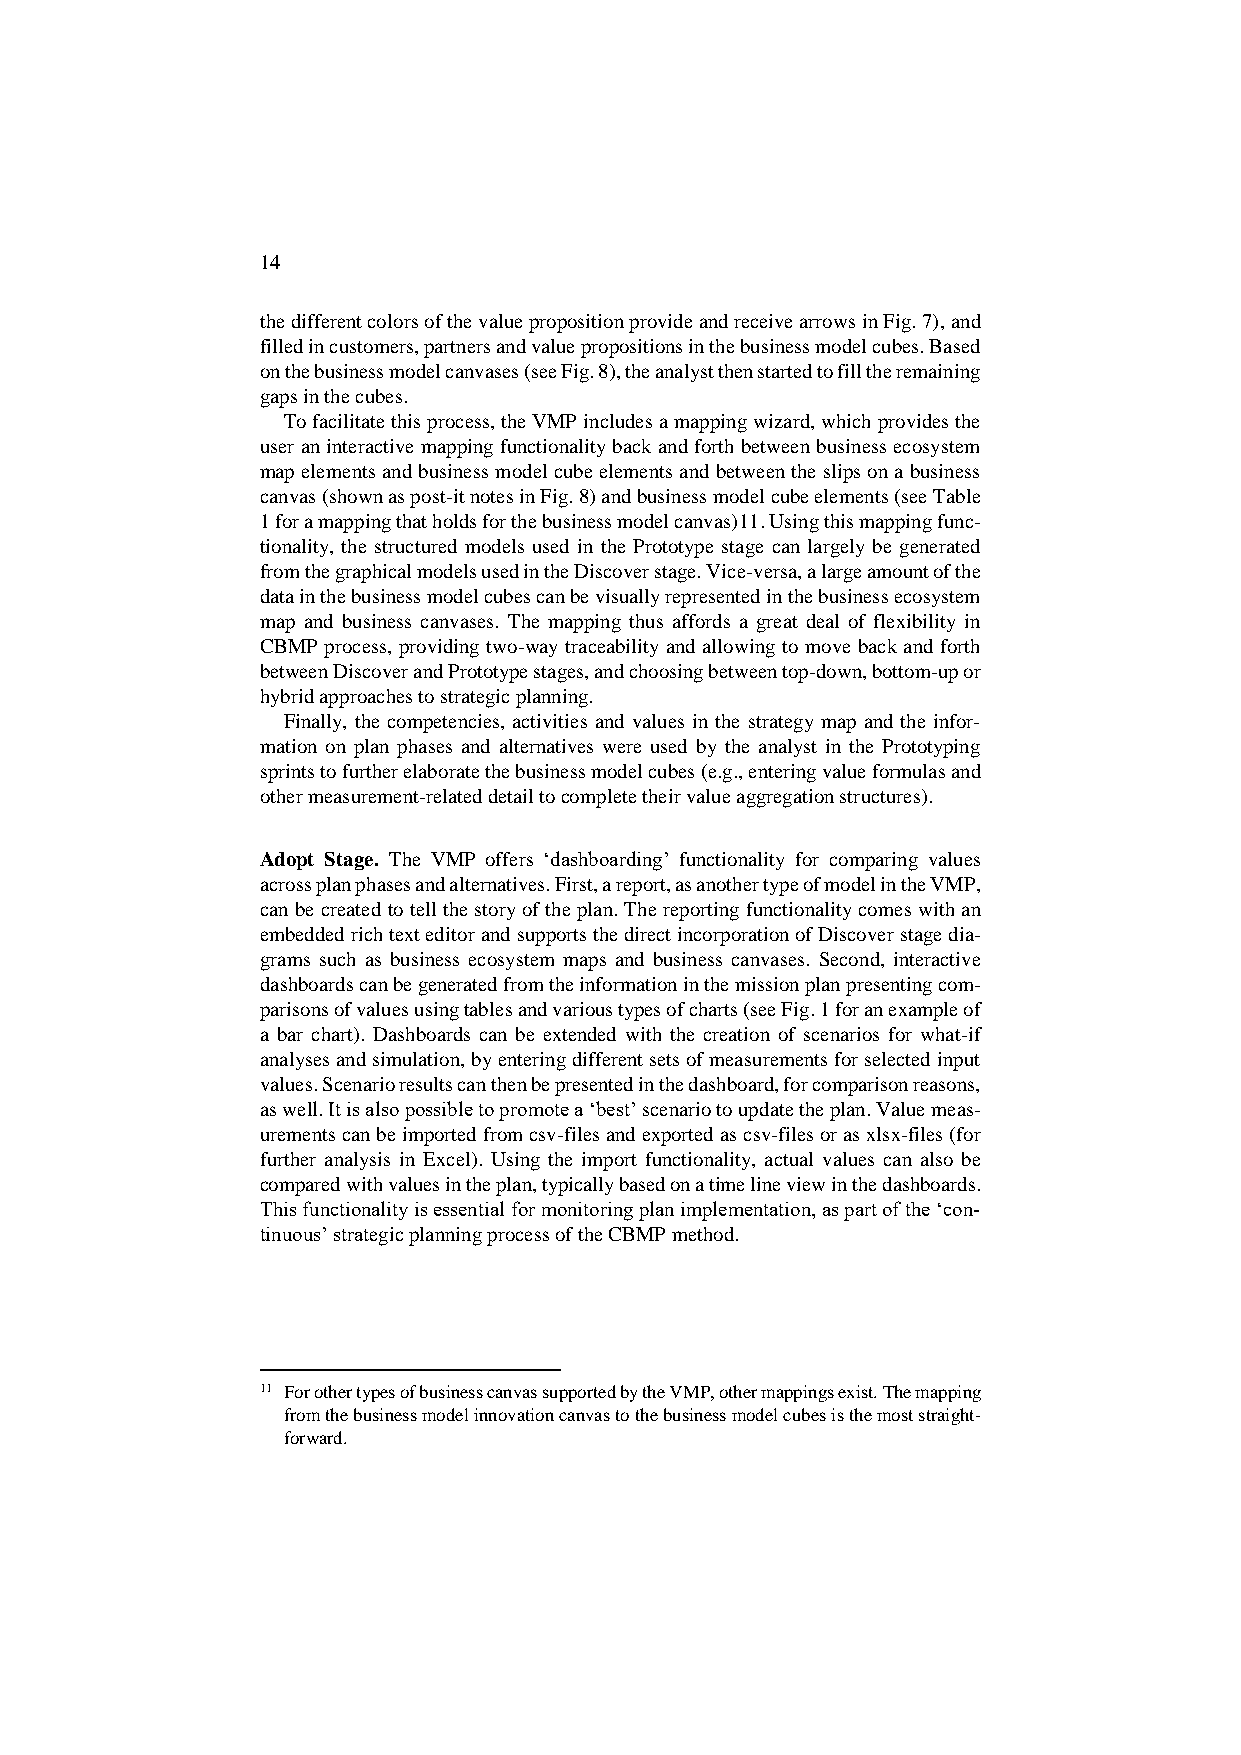
14
 the different colors of the value proposition provide and receive arrows in Fig. 7), and
 filled in customers, partners and value propositions in the business model cubes. Based
 on the business model canvases (see Fig. 8), the analyst then started to fill the remaining
 gaps in the cubes.
 To facilitate this process, the VMP includes a mapping wizard, which provides the
 user an interactive mapping functionality back and forth between business ecosystem
 map elements and business model cube elements and between the slips on a business
 canvas (shown as post-it notes in Fig. 8) and business model cube elements (see Table
 1 for a mapping that holds for the business model canvas)11. Using this mapping func-
 tionality, the structured models used in the Prototype stage can largely be generated
 from the graphical models used in the Discover stage. Vice-versa, a large amount of the
 data in the business model cubes can be visually represented in the business ecosystem
 map and business canvases. The mapping thus affords a great deal of flexibility in
 CBMP process, providing two-way traceability and allowing to move back and forth
 between Discover and Prototype stages, and choosing between top-down, bottom-up or
 hybrid approaches to strategic planning.
 Finally, the competencies, activities and values in the strategy map and the infor-
 mation on plan phases and alternatives were used by the analyst in the Prototyping
 sprints to further elaborate the business model cubes (e.g., entering value formulas and
 other measurement-related detail to complete their value aggregation structures).
 Adopt Stage. The VMP offers ‘dashboarding’ functionality for comparing values
 across plan phases and alternatives. First, a report, as another type of model in the VMP,
 can be created to tell the story of the plan. The reporting functionality comes with an
 embedded rich text editor and supports the direct incorporation of Discover stage dia-
 grams such as business ecosystem maps and business canvases. Second, interactive
 dashboards can be generated from the information in the mission plan presenting com-
 parisons of values using tables and various types of charts (see Fig. 1 for an example of
 a bar chart). Dashboards can be extended with the creation of scenarios for what-if
 analyses and simulation, by entering different sets of measurements for selected input
 values. Scenario results can then be presented in the dashboard, for comparison reasons,
 as well. It is also possible to promote a ‘best’ scenario to update the plan. Value meas-
 urements can be imported from csv-files and exported as csv-files or as xlsx-files (for
 further analysis in Excel). Using the import functionality, actual values can also be
 compared with values in the plan, typically based on a time line view in the dashboards.
 This functionality is essential for monitoring plan implementation, as part of the ‘con-
 tinuous’ strategic planning process of the CBMP method.
 11 For other types of business canvas supported by the VMP, other mappings exist. The mapping
 from the business model innovation canvas to the business model cubes is the most straight-
 forward.